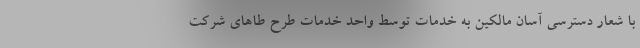
با شعار دسترسی آسان مالکین به خدمات توسط واحد خدمات طرح طاهای شرکت